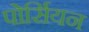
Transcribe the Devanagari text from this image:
पोर्सियन